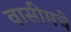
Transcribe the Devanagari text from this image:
वासीमचे